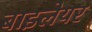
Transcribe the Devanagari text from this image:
बाइलेयर